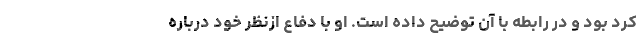
کرد بود و در رابطه با آن توضیح داده است. او با دفاع ازنظر خود درباره